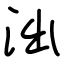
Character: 泏